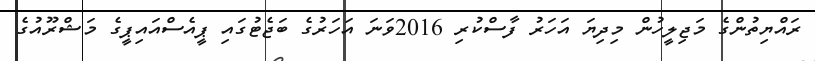
ރައްޔިތުންގެ މަޖިލީހުން މިދިޔަ އަހަރު ފާސްކުރި 2016ވަނަ އަހަރުގެ ބަޖެޓުގައި ޕީއެސްއައިޕީގެ މަޝްރޫއުގެ